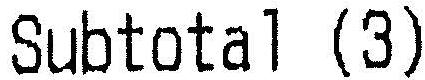
SUBTOTAL (3)